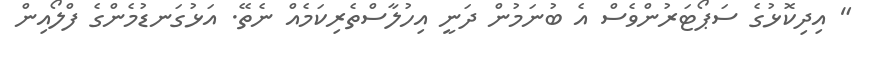
" އިދިކޮޅުގެ ސަޕޯޓަރުންވެސް އެ ބުނަމުން ދަނީ އިހުލާސްތެރިކަމެއް ނެތޭ. އަޅުގަނޑުމެންގެ ފްލޯއިން